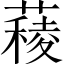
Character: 薐